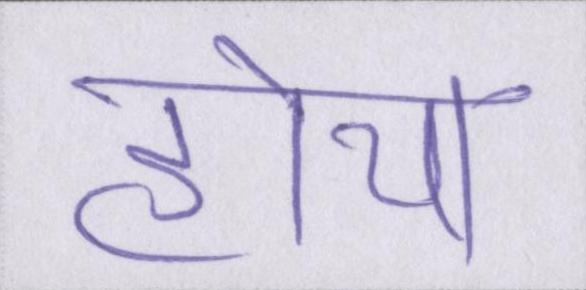
होया